Sanitation, dispensaries and jails vaccination Rajputana 1922-1927 - 1922-1927
Year: 1922
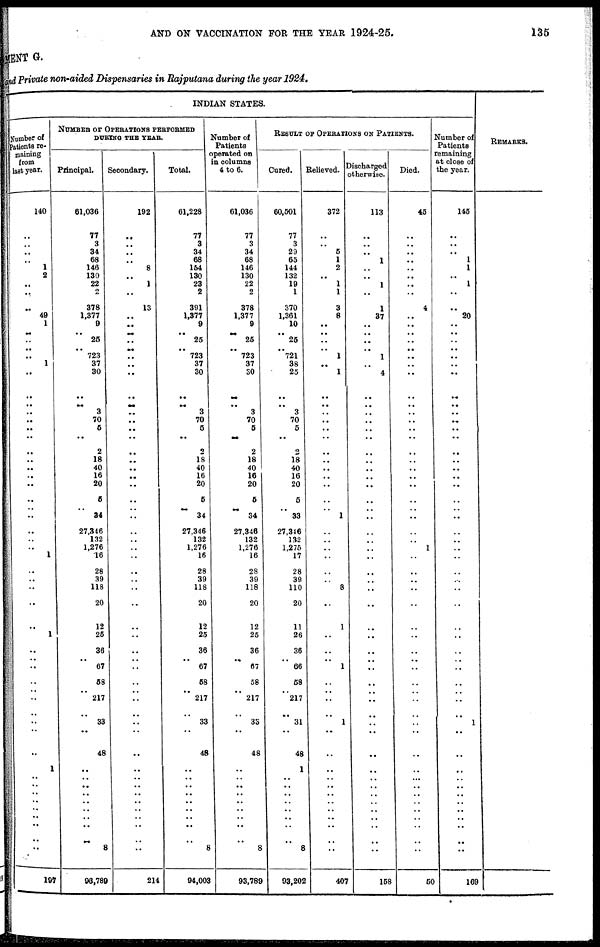
AND ON VACCINATION FOR THE YEAR 1924-25.
135
MENT G.
and Private non-aided Dispensaries in Rajputana during the year 1924.
INDIAN STATES.
Number of
Patients re-
maining
from
last year.
140
..
..
..
..
1
2
..
..
..
49
1
..
..
..
..
1
..
..
..
..
..
..
..
..
..
..
..
..
..
. .
..
..
..
..
1
..
..
..
..
..
1
..
..
..
..
..
..
..
..
..
1
..
..
..
..
..
..
..
..
..
197
NUMBER OF OPERATIONS PERFORMED
DURING THE YEAR.
Principal.
61,036
77
3
34
68
146
130
22
..
378
1,377
9
.. 25
.. 723
37
30
..
..
3
70
5
..
2
18
40
16
20
5
..
34
27,346
132
1,276
16
28
39
118
20
12
25
36
.. 67
58
..
217
33
..
48
..
..
..
..
..
..
..
..
..
8
93,789
Secondary.
192
..
..
..
..
8
..
1
..
13
..
..
..
..
..
..
..
..
..
..
..
..
..
..
..
..
..
..
..
..
..
..
..
..
..
..
..
..
..
..
..
..
,.
..
..
..
..
..
..
..
..
..
..
..
..
..
..
..
..
..
..
214
Total.
61,228
77
3
34
68
154
130
23
2
391
1,377
9
.. 25
.. 723
37
30
..
..
3
70
5
..
2
18
40
16
20
5
..
34
27,346
132
1,276
16
28
39
118
20
12
25
36
.. 67
58
..
217
33
..
48
..
..
..
..
..
..
..
..
..
8
94,003
Number of
Patients
perated on
in columns
4 to 6.
61,036
77
3
34
68
146
130
22
2
378
1,377
9
.. 25
.. 723
37
30
..
..
3
70
5
..
2
18
40
16
20
5
..
34
27,346
132
1,276
16
28
39
118
20
12
25
36
.. 67
58
..
217
33
..
48
..
..
..
..
..
..
..
..
..
8
93,789
RESULT OF OPERATIONS ON PATIENTS.
Cured.
60,501
77
3
29
65
144
132
19
1
370
1,361
10
.. 25
.. 721
38
25
..
.. 3
70
5
..
2
18
40
16
20
5
..
33
27,346
132
1,275
17
28
39
110
20
11
26
36
.. 66
58
..
217
31
..
48
1
..
..
..
..
..
..
..
..
8
93,202
Relieved.
372
..
..
5
1
2
..
1
1
3
8
..
..
..
..
1
..
1
..
..
.,
..
..
..
..
..
..
..
..
..
..
1
..
..
..
..
..
..
8
..
1
..
..
.. 1
..
..
..
1
..
..
..
..
..
..
..
..
..
..
..
..
407
Dischrged
otherwise.
113
..
..
..
1
..
..
1
..
1
37
..
..
..
..
1
..
4
..
..
..
..
..
..
..
..
..
..
..
..
..
..
..
..
..
..
..
..
..
..
..
..
..
..
..
..
..
..
..
..
..
..
..
..
..
..
..
..
..
..
..
158
Died.
45
..
..
..
..
..
..
..
..
4
..
..
..
..
..
..
..
..
..
..
..
..
..
..
..
..
..
..
..
..
..
..
..
..
1
..
..
..
..
..
..
..
..
..
..
..
..
..
..
..
..
..
..
..
..
..
..
..
..
..
..
50
Number of
Patients
remaining
at close of
the year.
145
..
..
..
1
1
...
1
..
..
20
..
..
..
.. ..
,.
..
..
..
..
..
..
..
..
..
..
..
..
..
...
..
..
..
..
..
..
..
..
..
..
..
..
..
..
..
..
..
1
..
..
..
..
..
..
..
..
..
..
..
..
169
REMARKS.